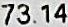
73.14